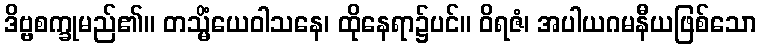
ဒိဗ္ဗစက္ခုမည်၏။ တသ္မိံယေဝါသနေ၊ ထိုနေရာ၌ပင်။ ဝိရဇံ၊ အပါယဂမနီယဖြစ်သော